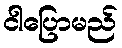
ငါပြောမည်